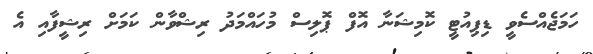
ހަމަޖެއްސެވީ ޑިޕިއުޓީ ކޮމިޝަނާ އޮފް ޕޮލިސް މުހައްމަދު ރިޝްވާން ކަމަށް ރިޝީފާއި އެ